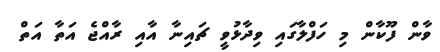
ވާން ފޫކާން މި ހަފްލާގައި ވިދާޅުވީ ޗައިނާ އާއި ރާއްޖެ އަތާ އަތް